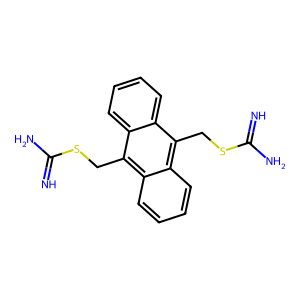
SMILES: N=C(N)SCc1c2ccccc2c(CSC(=N)N)c2ccccc12
Inhibits HIV replication: No